Vital statistics of India. Vol. IV, Annual returns from 1871 to 1876. British Army of India, Native Army and jails of Bengal
Year: 1871
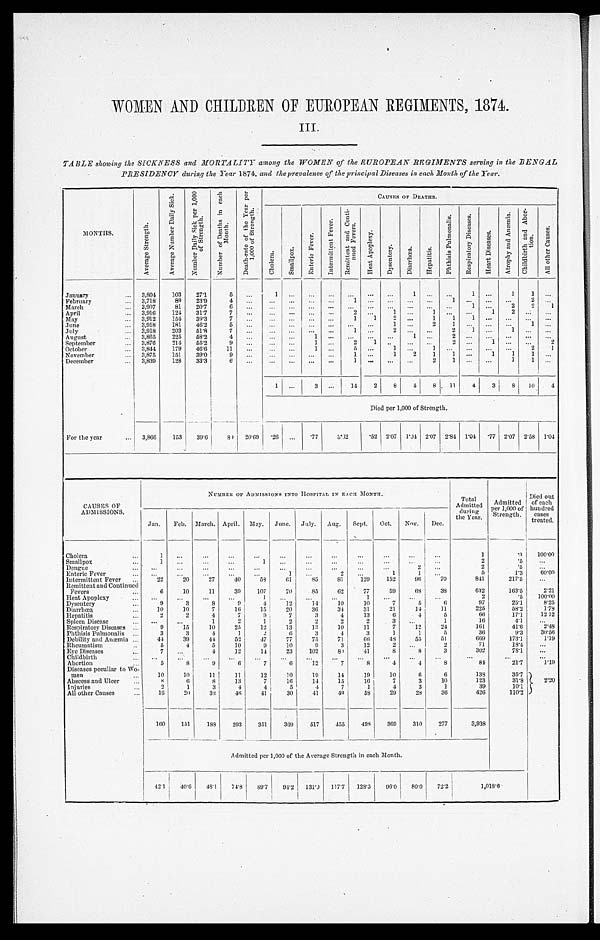
WOMEN AND CHILDREN OF EUROPEAN REGIMENTS, 1874.
III.
TABLE showing the SICKNESS and MORTALITY among the WOMEN of the EUROPEAN REGIMENTS serving in the BENGAL
PRESIDENCY during the Year 1874, and the prevalence of the principal Diseases in each Month of the Year.
MONTHS.
A v e r a g e S t r e n g t h .
A v e r a g e N u m b e r D a i l y s i c k .
N u m b e r D a i l y S i c k p e r 1 , 0 0 0 o f S t r e n g t h .
N u m b e r o f D e a t h s i n e a c h M o n t h .
D e a t h - r a t e o f t h e Y e a r p e r 1 , 0 0 0 o f S t r e n g t h .
C A U S E S O F D E A T H S .
C h o l e r a .
S m a l l p o x .
E n t e r i c F e v e r .
I n t e r m i t t e n t F e v e r .
.
H e a t A p o p l e x y .
D y s e n t e r y .
D i a r r h œ a .
H e p a t i t i s .
P h t h i s i s P u l m o n a l i s .
R e s p i r a t o r y D i s e a s e s .
H e a r t D i s e a s e s .
A t r o p h y a n d A n æ m i a .
C h i l d b i r t h a n d A b o r - t i o n .
A l l o t h e r C a u s e s .
January . . .
3,804
103
27.1
5
. . .
1
. . . . . .
. . .
. . .
. . .
. . .
1
. . .
. . .
1
. . .
1
1
. . .
February . . .
3,718
89
23.9
4
. . .
. . .
. . .
. . .
. . .
1
. . .
. . .
. . .
. . .
1
. . . . . .
. . .
2 . . .
March . . .
3,907
81
20.7
6
. . .
. . .
. . .
. . .
. . .
. . .
. . .
. . .
. . .
. . .
. . .
1
. . .
2
2
1
April . . .
3,916
124
31.7
7
. . .
. . .
. . .
. . .
. . .
2
. . .
1
. . .
1
. . .
. . .
1
2
. . . . . .
May . . .
3,912
154
39.3
7
. . .
. . .
. . .
. . .
. . .
1
1
2 . . .
1
1
1 . . .
. . .
. . . . . .
June . . .
3,918
181
45.2
5
. . .
. . .
. . .
. . .
. . .
. . .
. . .
1
. . .
2
1
. . .
. . .
. . .
1
. . .
July . . .
3,918
203
51.8
7
. . .
. . .
. . .
. . .
. . .
1
. . .
2 . . .
. . .
2
1
. . .
1
. . . . . .
August . . .
3,865
225
58.2
4
. . .
. . .
. . .
1
. . .
. . . . . .
. . .
1
. . .
2
. . . . . .
. . .
. . . . . .
September . . .
3,876
214
55.2
9
. . .
. . .
. . .
1
. . .
2
1
. . .
. . . . . .
2
. . .
1
. . .
. . .
2
October . . .
3,844
179
46.6
11
. . .
. . .
. . .
1
. . .
5 . . .
1 . . .
1
. . .
. . .
. . .
. . .
2
1
November . . .
3,875
151
39.0
9
. . .
. . .
. . .
. . .
. . .
1 . . .
1
2
1
1
. . .
1
1
1
. . .
December . . .
3,839
128
33.3
6
. . .
. . .
. . .
. . .
. . .
1 . . .
. . .
. . .
2
1
. . .
. . .
1
1
. . .
1
. . .
3
. . .
14
2
8
4
8
11
4
3
8
10
4
Died per 1,000 of Strength.
For the year . . .
3,866
153
39.6
80 20.69
. 26
. . .
. 77
3.32
. 5 2 2.07
1.04 2.07 2.84 1.04
. 7 7 2.07 2.58 1.04
CAUSES OF
ADMISSIONS.
NUMBER OF ADMISSIONS INTO HOSPITAL IN EACH MONTH.
Total
Admitted
during
the Year.
Admitted
per 1,000 of
Strength.
Died out
of each
hundred
cases
treated.
Jan.
Feb. March. April. May. June. July.
Aug.
Sept.
Oct.
Nov.
Dec.
Cholera . . .
1
. . .
. . .
. . .
. . .
. . .
. . .
. . .
. . .
. . .
. . .
. . .
1
. 3
100.00
Smallpox . . .
1
. . .
. . .
. . .
1
. . .
. . .
. . .
. . .
. . .
. . .
. . .
2
. 5
. . .
D e n g u e . . .
. . .
. . .
. . .
. . .
. . .
. . .
. . .
. . .
. . .
. . .
2
. . .
2
.5
. . .
Enteric Fever . . .
. . .
. . .
. . .
. . .
. . .
1
. . .
2
. . .
1
1
. . .
5
1.3
60.00
Intermittent Fever . . .
22
20
27
40
58
6l
85
81
129
152
96
70
841
217.5
. . .
Remittent and Continued
Fevers . . .
10
11
39
107
70
85
62
77
59
6 8
38
632
163.5
2.21
Heat Apoplexy . . .
. . .
. . .
. . .
. . .
1
. . .
. . .
. . .
1
. . .
. . .
. . .
2
.5
100.00
Dysentery . . .
9
3
8
9
4
12
14
10
10
7
5
6
97
25.1
8.25
Diarrhœa . . .
10
10
7
16
15
20
36
34
31
21
14
11
225
58.2
1.78
Hepatitis . . .
2
2
4
7
9
7
3
4
13
6
4
5
66
17.1
12 12
Spleen Disease . . .
. . .
. . .
1
2
1
2
2
2
2
3
. . .
1
16
4.1
. . .
Respiratory Diseases . . .
9
15
10
25
12
13
1 3
10
11
7
12
24
161
41.6
2.48
Phthisis Pulmonalis . . .
3
3
4
1
2
6
3
4
3
1
1
5
36
9.3
30.56
Debility and Anæmia . . .
44
39
44
52
47
77
75
71
6 6
48
55
51
6 6 9
173.1
1.19
Rheumatism . . .
5
4
5
10
9
10
9
3
12
2
. . .
2
71
18.4
. . .
Eye Diseases . . .
7
. . .
4
12
14
23
102
80
41
8
8
3
302
78.1
. . .
Childbirth . . .
. . .
. . .
. . .
. . .
. . .
. . .
. . .
. . .
. . .
. . .
. . .
. . .
. . .
. . .
. . .
Abortion . . .
5
8
9
6
7
6
12
7
8
4
4
8
84
21.7
1.19
Diseases peculiar to Wo
-men.
10
10
11
11
12
10
19
14
19
10
6
6
138
35.7
2.20
Abscess and Ulcer . . .
8
6
8
13
7
16
14
15
16
7
3
10
123
31.8
Injuries . . .
2
1
3
4
4
5
4
7
1
4
3
1
39
10.1
All other Causes . . .
16
20
32
46
41
30
41
49
58
29
28
36
426
110.2
160
151
188
293
351
369
517
455
498
369
310
277
3,938
Admitted per 1,000 of the Average Strength in each Month.
42.1
40
. 6
48.1
74.8
89.7
94.2
13
1.0
117.7
128.5
96.0
80.0
72.2 1,018.6